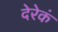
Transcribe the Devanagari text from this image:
देरेकं